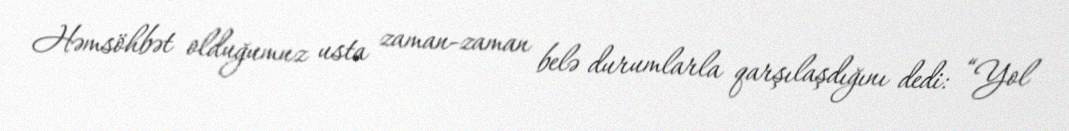
Həmsöhbət olduğumuz usta zaman-zaman belə durumlarla qarşılaşdığını dedi: “Yol